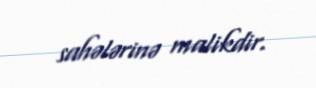
sahələrinə malikdir.